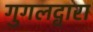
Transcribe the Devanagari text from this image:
गुगलद्वारा